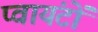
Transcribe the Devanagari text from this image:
प्वायंटों